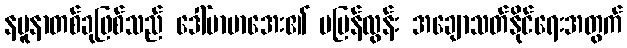
နမူနာတစ်ခုဖြစ်သည် ဒေါ်မာမာအေး၏ မမြန်လွန်း အချောသတ်နိုင်ရေးအတွက်